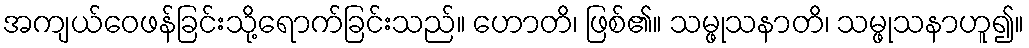
အကျယ်ဝေဖန်ခြင်းသို့ရောက်ခြင်းသည်။ ဟောတိ၊ ဖြစ်၏။ သမ္ဖုသနာတိ၊ သမ္ဖုသနာဟူ၍။